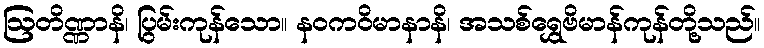
ဩတိဏ္ဏာနိ၊ ပြွမ်းကုန်သော။ နဝကဝိမာနာနိ၊ အသစ်ရွှေဗိမာန်ကုန်တို့သည်။